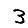
Digit: 3